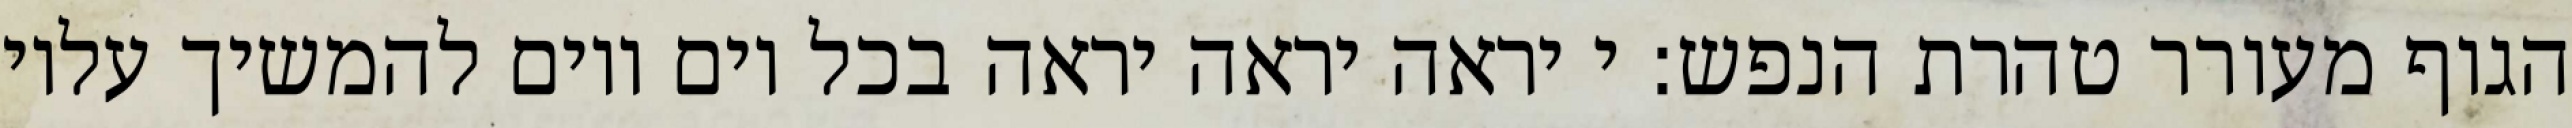
הגוף מעורר טהרת הנפש: י יראה יראה יראה בכל יום ויום להמשיך עליו